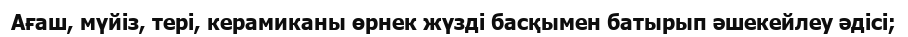
Ағаш, мүйіз, тері, керамиканы өрнек жүзді басқымен батырып әшекейлеу әдісі;